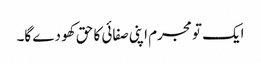
ایک تو مجرم اپنی صفائی کا حق کھو دے گا۔